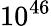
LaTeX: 10^{46}